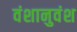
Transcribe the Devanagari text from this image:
वंशानुवंश